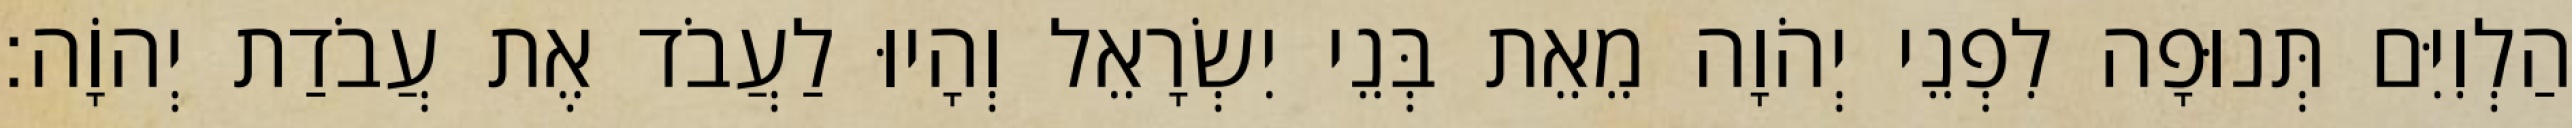
הַלְוִיִּם תְּנוּפָה לִפְנֵי יְהֹוָה מֵאֵת בְּנֵי יִשְׂרָאֵל וְהָיוּ לַעֲבֹד אֶת עֲבֹדַת יְהוָֹה׃